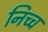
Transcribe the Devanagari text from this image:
निच्च